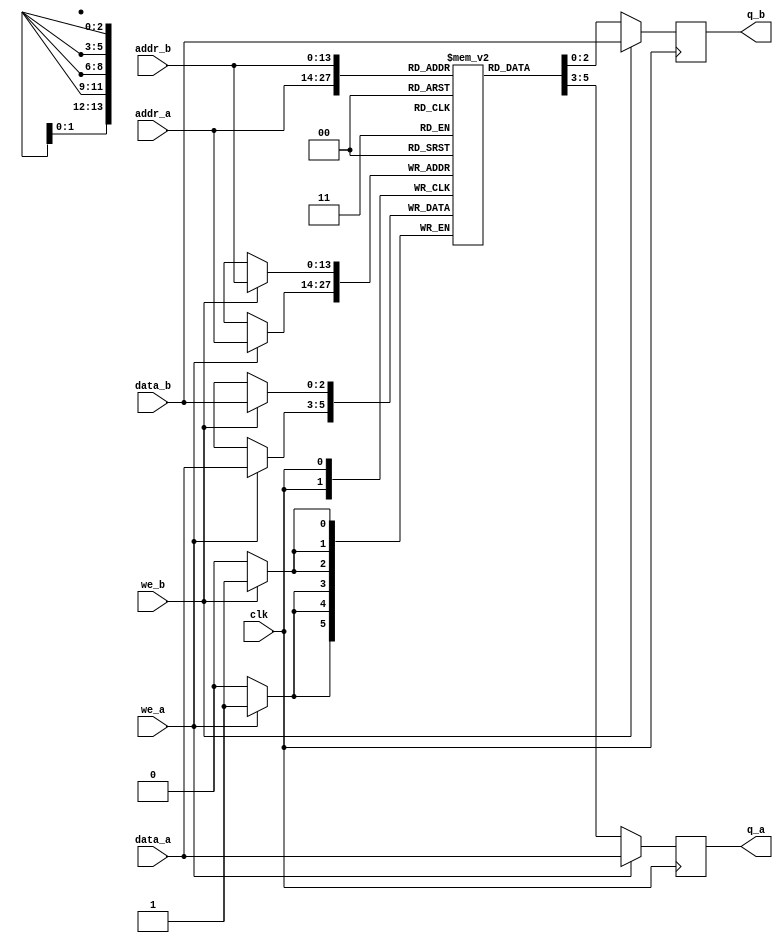
module true_dpram_sclk #(
parameter ADDR_W = 14,
parameter DATA_W = 3
)
(
	input [DATA_W-1:0] data_a, data_b,
	input [ADDR_W-1:0] addr_a, addr_b,
	input we_a, we_b, clk,
	output reg [DATA_W-1:0] q_a, q_b
);
	// Declare the RAM variable
	reg [DATA_W-1:0] ram[2**ADDR_W-1:0] /* synthesis ramstyle = "M9K" */;
	
	initial begin
	ram[0] = 72;
	ram[1] = 69;
	ram[2] = 76;
	ram[3] = 76;
	ram[4] = 79;
	ram[5] = 105;
	
	
	end
	
	// Port A
	always @ (posedge clk)
	begin
		if (we_a) 
		begin
			ram[addr_a] <= data_a;
			q_a <= data_a;
		end
		else 
		begin
			q_a <= ram[addr_a];
		end
	end
	
	// Port B
	always @ (posedge clk)
	begin
		if (we_b)
		begin
			ram[addr_b] <= data_b;
			q_b <= data_b;
		end
		else
		begin
			q_b <= ram[addr_b];
		end
	end
	
endmodule